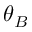
\theta _ { B }